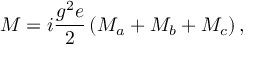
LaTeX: { \cal M } = i \frac { g ^ { 2 } e } { 2 } \left( { \cal M } _ { a } + { \cal M } _ { b } + { \cal M } _ { c } \right) ,